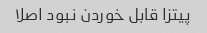
پیتزا قابل خوردن نبود اصلا